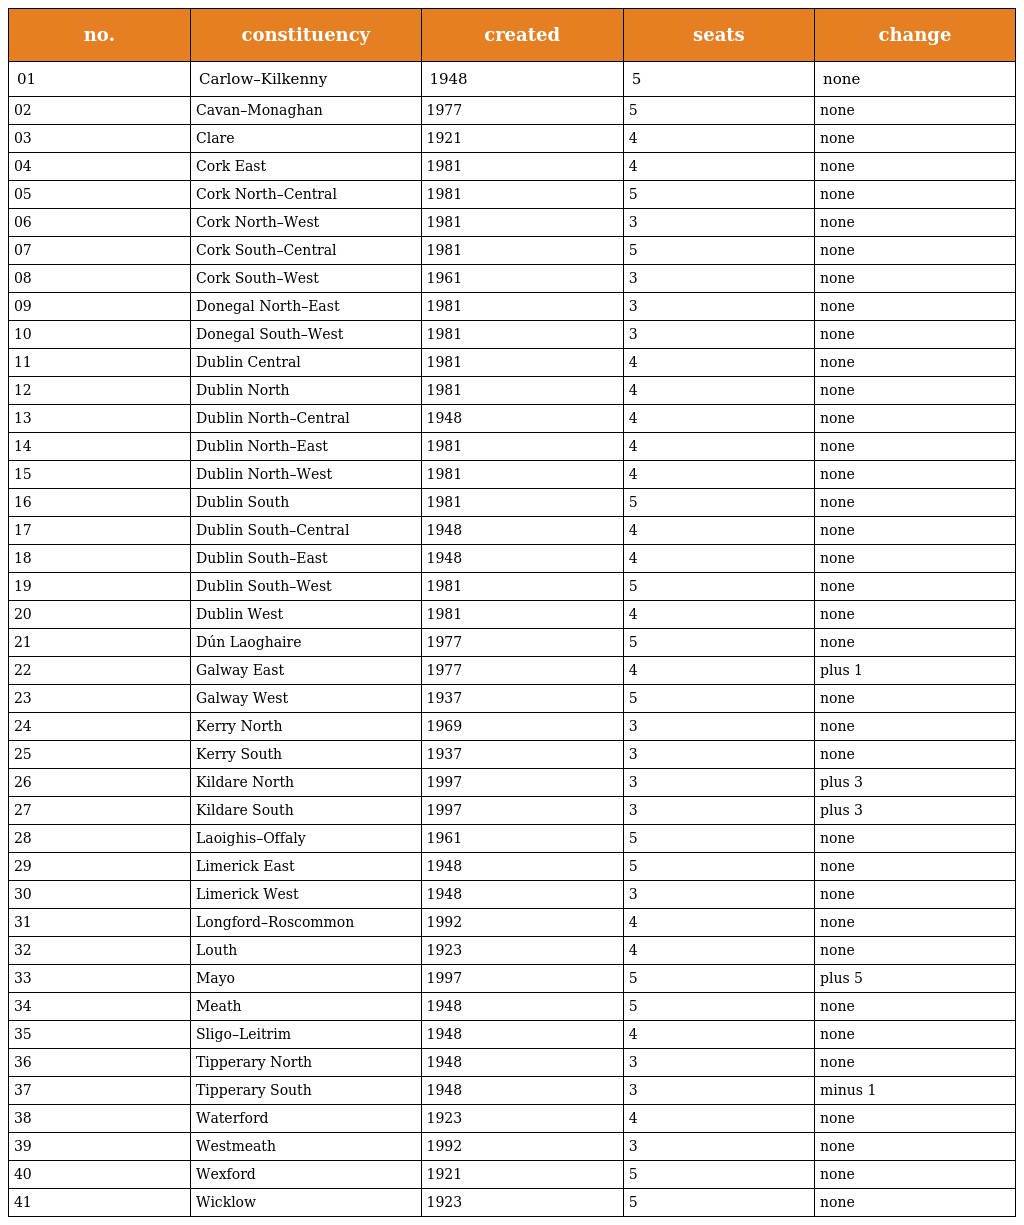
| no. | constituency | created | seats | change |
 | --- | --- | --- | --- | --- |
 | 01 | Carlow–Kilkenny | 1948 | 5 | none |
 | 02 | Cavan–Monaghan | 1977 | 5 | none |
 | 03 | Clare | 1921 | 4 | none |
 | 04 | Cork East | 1981 | 4 | none |
 | 05 | Cork North–Central | 1981 | 5 | none |
 | 06 | Cork North–West | 1981 | 3 | none |
 | 07 | Cork South–Central | 1981 | 5 | none |
 | 08 | Cork South–West | 1961 | 3 | none |
 | 09 | Donegal North–East | 1981 | 3 | none |
 | 10 | Donegal South–West | 1981 | 3 | none |
 | 11 | Dublin Central | 1981 | 4 | none |
 | 12 | Dublin North | 1981 | 4 | none |
 | 13 | Dublin North–Central | 1948 | 4 | none |
 | 14 | Dublin North–East | 1981 | 4 | none |
 | 15 | Dublin North–West | 1981 | 4 | none |
 | 16 | Dublin South | 1981 | 5 | none |
 | 17 | Dublin South–Central | 1948 | 4 | none |
 | 18 | Dublin South–East | 1948 | 4 | none |
 | 19 | Dublin South–West | 1981 | 5 | none |
 | 20 | Dublin West | 1981 | 4 | none |
 | 21 | Dún Laoghaire | 1977 | 5 | none |
 | 22 | Galway East | 1977 | 4 | plus 1 |
 | 23 | Galway West | 1937 | 5 | none |
 | 24 | Kerry North | 1969 | 3 | none |
 | 25 | Kerry South | 1937 | 3 | none |
 | 26 | Kildare North | 1997 | 3 | plus 3 |
 | 27 | Kildare South | 1997 | 3 | plus 3 |
 | 28 | Laoighis–Offaly | 1961 | 5 | none |
 | 29 | Limerick East | 1948 | 5 | none |
 | 30 | Limerick West | 1948 | 3 | none |
 | 31 | Longford–Roscommon | 1992 | 4 | none |
 | 32 | Louth | 1923 | 4 | none |
 | 33 | Mayo | 1997 | 5 | plus 5 |
 | 34 | Meath | 1948 | 5 | none |
 | 35 | Sligo–Leitrim | 1948 | 4 | none |
 | 36 | Tipperary North | 1948 | 3 | none |
 | 37 | Tipperary South | 1948 | 3 | minus 1 |
 | 38 | Waterford | 1923 | 4 | none |
 | 39 | Westmeath | 1992 | 3 | none |
 | 40 | Wexford | 1921 | 5 | none |
 | 41 | Wicklow | 1923 | 5 | none |